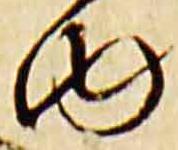
内